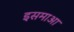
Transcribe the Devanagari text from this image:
इसमाआ